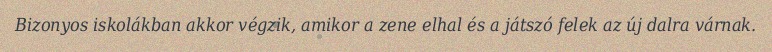
Bizonyos iskolákban akkor végzik, amikor a zene elhal és a játszó felek az új dalra várnak.